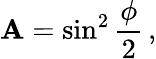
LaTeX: \mathbf{A}=\sin^{2}{\frac{{\phi}}{{2}}}\, ,